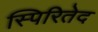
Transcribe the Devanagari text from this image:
स्पिरितेद